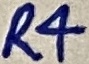
Text: R4